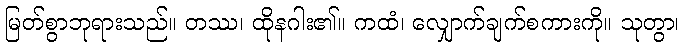
မြတ်စွာဘုရားသည်။ တဿ၊ ထိုနဂါး၏။ ကထံ၊ လျှောက်ချက်စကားကို။ သုတွာ၊